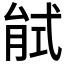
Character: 𢎎